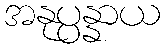
အနုပ္ပန္နာယ